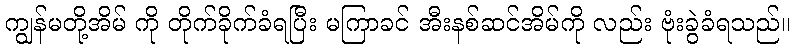
ကျွန်မတို့အိမ် ကို တိုက်ခိုက်ခံရပြီး မကြာခင် အီးနစ်ဆင်အိမ်ကို လည်း ဗုံးခွဲခံရသည်။